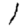
Digit: 1